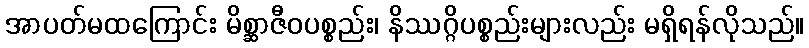
အာပတ်မထကြောင်း မိစ္ဆာဇီဝပစ္စည်း၊ နိဿဂ္ဂိပစ္စည်းများလည်း မရှိရန်လိုသည်။